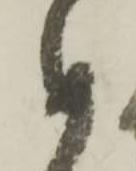
め